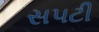
સપટી